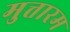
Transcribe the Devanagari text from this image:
मुत्तारम